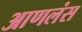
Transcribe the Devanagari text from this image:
आणलंस